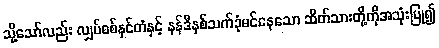
သို့သော်လည်း လျှပ်စစ်နှင်တံနှင့် နန်ဒီနှစ်သက်ခုံမင်နေသော ဆိတ်သားတို့ကိုအသုံးပြု၍